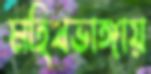
মহিষভাঙ্গায়